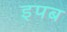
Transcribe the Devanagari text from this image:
इपब